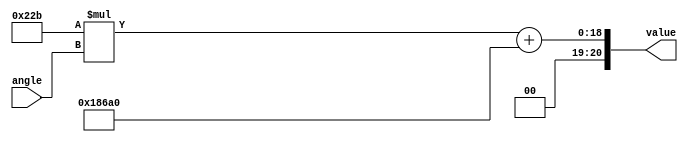
`timescale 1ns / 1ps
//////////////////////////////////////////////////////////////////////////////////
// Company: 
// Engineer: 
// 
// Design Name: 
// Module Name: servoangle_decoder
// Project Name: 
// Target Devices: 
// Tool Versions: 
// Description: 
// 
// Dependencies: 
// 
// Revision:
// Revision 0.01 - File Created
// Additional Comments:
// 
//////////////////////////////////////////////////////////////////////////////////

module servoangle_decoder(
    input [7:0] angle,
    output [20:0] value
    );
    
    assign value = 10'd555*angle+20'd100_000;
    
//    always @(angle) begin
//       //value=(10'd944)*ansgle+16'd60000;
//       value=10'd555*angle+20'd100_000;
//       //value=12'd667*angle+20'd90000;
//    end
endmodule